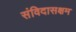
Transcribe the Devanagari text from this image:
संविदासक्षम